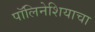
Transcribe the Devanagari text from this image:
पॉलिनेशियाचा